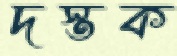
দস্তক